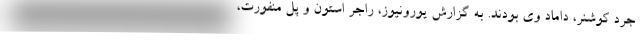
جرد کوشنر، داماد وی بودند. به گزارش یورونیوز، راجر استون و پل منفورت،